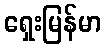
ရှေးမြန်မာ